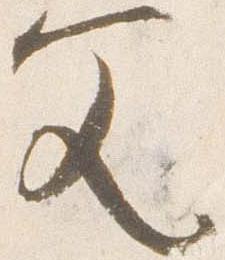
文